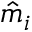
\hat { m } _ { i }